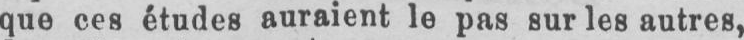
que ces études auraient le pas sur les autres,